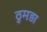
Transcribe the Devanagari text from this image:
ठुमड़ा